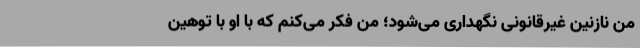
من نازنین غیرقانونی نگهداری می‌شود؛ من فکر می‌کنم که با او با توهین